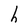
Character: h